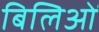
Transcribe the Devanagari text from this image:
बिलिओं